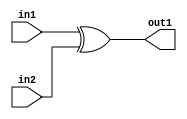

module xor_gate(input [7:0] in1,in2,output [7:0] out1);

assign out1 = in1 ^ in2;

endmodule